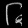
Digit: ၆